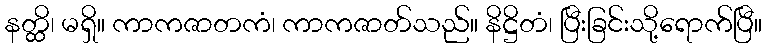
နတ္ထိ၊ မရှိ။ ကာကဇာတကံ၊ ကာကဇာတ်သည်။ နိဋ္ဌိတံ၊ ပြီးခြင်းသို့ရောက်ပြီ။